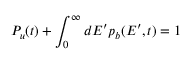
P _ { u } ( t ) + \int _ { 0 } ^ { \infty } d E ^ { \prime } p _ { b } ( E ^ { \prime } , t ) = 1